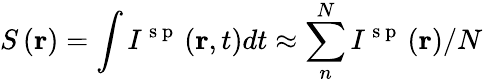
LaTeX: S\left(\mathbf{r}\right)=\int{{{I}^{\mathrm{~s~p~}}}\left(\mathbf{r},t\right)dt}\approx\sum_{n}^{N}{{{{I}^{\mathrm{~s~p~}}}\left(\mathbf{r}\right)}/{N}\; }